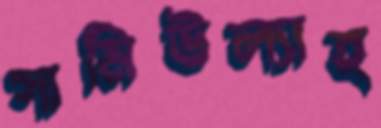
সামিউল্যাহ